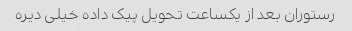
رستوران بعد از یکساعت تحویل پیک داده خیلی دیره